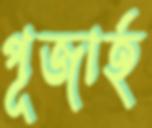
পূজার্হ